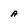
Character: a